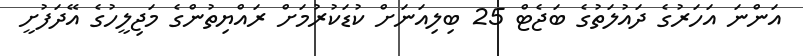
އަންނަ އަހަރުގެ ދައުލަތުގެ ބަޖެޓް 25 ބިލިއަނަށް ކުޑަކުރުމަށް ރައްޔިތުންގެ މަޖިލީހުގެ އޭދަފުށީ